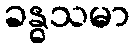
ခန္ဓသမာ